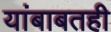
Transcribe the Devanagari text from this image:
यांबाबतही